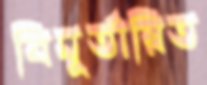
বিমূর্তায়িত